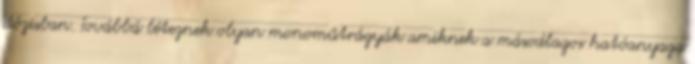
dózisban. Továbbá léteznek olyan monoműtrágyák amiknek a másodlagos hatóanyaga